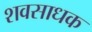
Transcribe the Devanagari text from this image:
शवसाधक